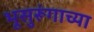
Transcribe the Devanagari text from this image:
भूसुरूंगाच्या